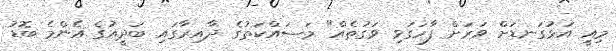
މިއީ އަޅުގަނޑަށް ވަަރަށް ފާހަަގަވި ވަގުތެއް" މަސައްކަތުގެ ދާއިރާގައި ބަދީއުގެ އެންމެ ބޮޑު